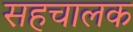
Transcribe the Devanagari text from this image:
सहचालक